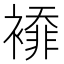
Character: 䙣